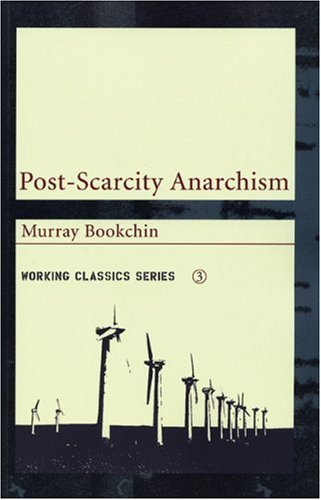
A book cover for Post-Scarcity Anarchism (Working Classics); Murray Bookchin; History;